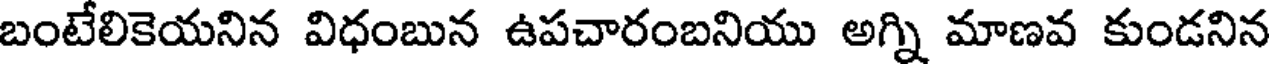
బంటేలికెయనిన విధంబున ఉపచారంబనియు అగ్ని మాణవ కుండనిన